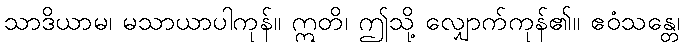
သာဒိယာမ၊ မသာယာပါကုန်။ ဣတိ၊ ဤသို့ လျှောက်ကုန်၏။ ဧဝံသန္တေ၊